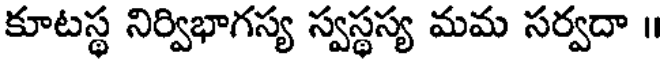
కూటస్థ నిర్విభాగస్య స్వస్థస్య మమ సర్వదా ॥